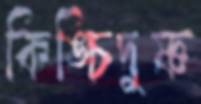
কিঙ্চিদুষ্ণ